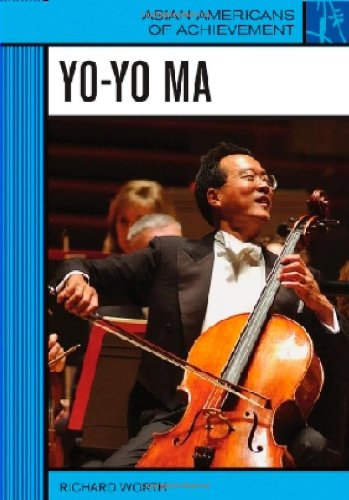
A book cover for Yo-yo Ma (Asian Americans of Achievement); Richard Worth; Teen & Young Adult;